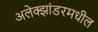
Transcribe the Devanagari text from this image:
अलेक्झांडरमधील